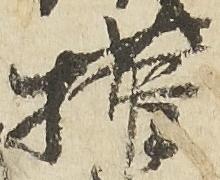
権